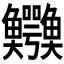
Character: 𲍅